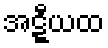
အဋ္ဋီယထ